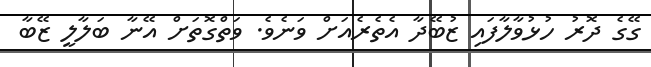
ގޭގެ ދޮރު ހުޅުވާލާފައި ޒުބޭދާ އެތެރެއަށް ވަނެވެ. ވަތްގޮތަށް އޭނާ ބަލާލީ ޒޭބާ